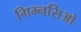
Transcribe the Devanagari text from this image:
गिम्नसिओ